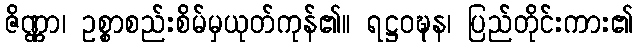
ဇိဏ္ဏာ၊ ဥစ္စာစည်းစိမ်မှယုတ်ကုန်၏။ ရဋ္ဌဝဍ္ဎန၊ ပြည်တိုင်းကား၏